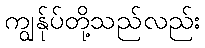
ကျွန်ုပ်တို့သည်လည်း